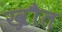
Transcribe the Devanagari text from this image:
ख्रौत